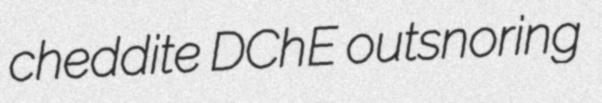
cheddite DChE outsnoring